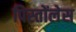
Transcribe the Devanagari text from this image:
पिस्तोंलेस